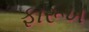
ફારૂખ